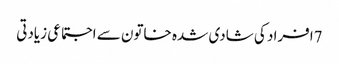
7افراد کی شادی شدہ خاتون سے اجتماعی زیادتی